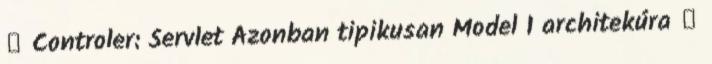
 Controler: Servlet Azonban tipikusan Model 1 architekúra 